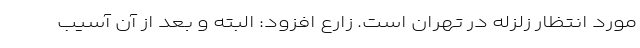
مورد انتظار زلزله در تهران است. زارع افزود: البته و بعد از آن آسیب